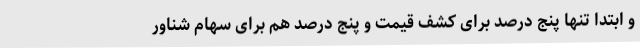
و ابتدا تنها پنج درصد برای کشف قیمت و پنج درصد هم برای سهام شناور